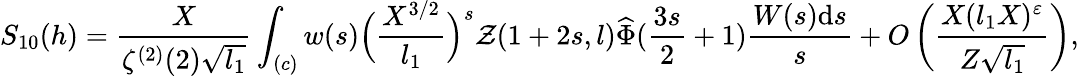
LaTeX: S_{10}(h)=\frac{X}{\zeta^{(2)}(2)\sqrt{l_{1}}}\int_{(c)}w(s)\Big(\frac{X^{3/2}}{l_{1}}\Big)^{s}\mathcal Z(1+2s,l)\widehat{\Phi}(\frac{3s}{2}+1)\frac{W(s)\mathrm{d}s}{s}+O\left(\frac{X(l_{1}X)^{\varepsilon}}{Z\sqrt{l_{1}}}\right),